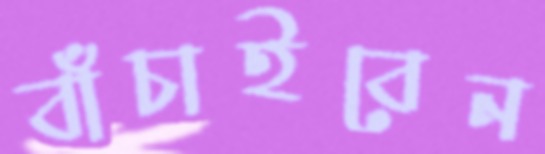
বাঁচাইবেন